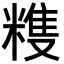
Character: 𥻬